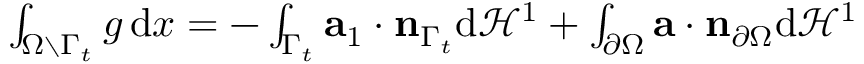
\begin{array} { r } { \int _ { \Omega \setminus \Gamma _ { t } } g \, \mathrm { d } x = - \int _ { \Gamma _ { t } } \mathbf { a } _ { 1 } \cdot \mathbf { n } _ { \Gamma _ { t } } \mathrm { d } \mathcal { \mathcal { H } } ^ { 1 } + \int _ { \partial \Omega } \mathbf { a } \cdot \mathbf { n } _ { \partial \Omega } \mathrm { d } \mathcal { H } ^ { 1 } } \end{array}